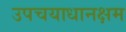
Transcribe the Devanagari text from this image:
उपचयाधानक्षम